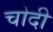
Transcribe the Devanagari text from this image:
चोदी